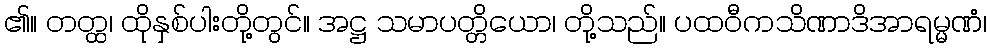
၏။ တတ္ထ၊ ထိုနှစ်ပါးတို့တွင်။ အဋ္ဌ သမာပတ္တိယော၊ တို့သည်။ ပထဝီကသိဏာဒိအာရမ္မဏံ၊